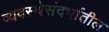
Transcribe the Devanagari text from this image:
व्यवस्थेसंदर्भातील